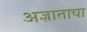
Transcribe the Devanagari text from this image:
अज्ञाताचा